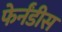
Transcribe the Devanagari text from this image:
फेर्नंडीस